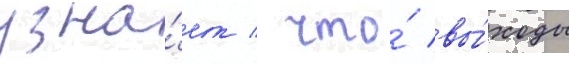
узна́ет / что́ вы́ходы